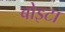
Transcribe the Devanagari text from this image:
बोइटा